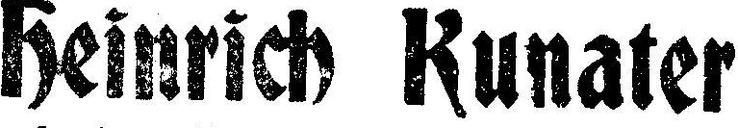
Heinrich Kunater